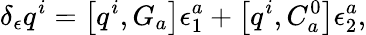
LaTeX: \delta_{\epsilon}q^{i}=\left[q^{i},G_{a}\right]\epsilon_{1}^{a}+\left[q^{i},C_{a}^{0}\right]\epsilon_{2}^{a},